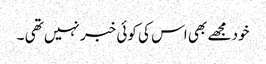
خود مجھے بھی اس کی کوئی خبر نہیں تھی ۔